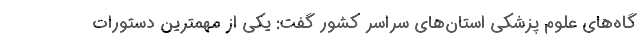
گاه‌های علوم پزشکی استان‌های سراسر کشور گفت: یکی از مهمترین دستورات